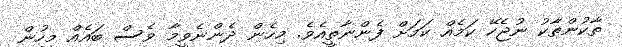
ތާކުންތާކު ނުޖެހޭ ކަމެއް ކަމަށް ފެންނާތީއެވެ. މިހެން ދެންނެވީމާ ވެސް ބައެއް މީހުން